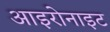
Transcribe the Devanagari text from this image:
आइरोनाइट